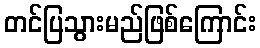
တင်ပြသွားမည်ဖြစ်ကြောင်း